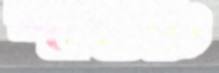
শাশুচি